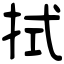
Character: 拭